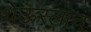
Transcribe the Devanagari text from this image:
थेऊरलाच